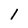
Character: l